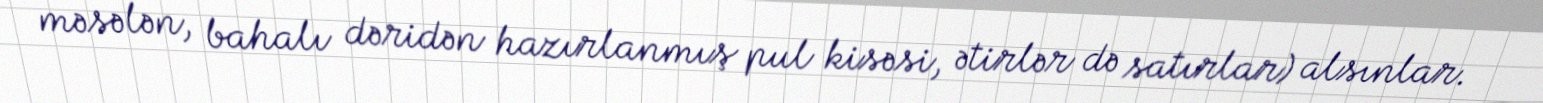
məsələn, bahalı dəridən hazırlanmış pul kisəsi, ətirlər də satırlar) alsınlar.